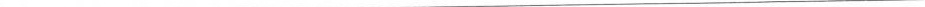
___